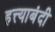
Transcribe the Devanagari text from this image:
हत्त्याबंदी